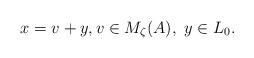
LaTeX: \begin{align*}x = v + y,v\in M_\zeta(A),\ y\in L_0.\end{align*}